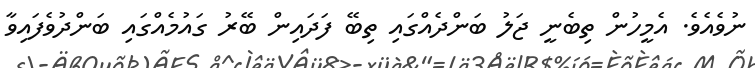
ނުވެއެވެ. އެމީހުން ތިބެނީ ޖަލު ބަންދެއްގައި ތިބޭ ފަދައިން ބޭރު ގައުމެއްގައި ބަންދުވެފައިވާ